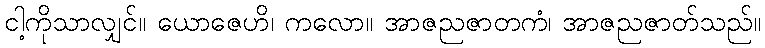
ငါ့ကိုသာလျှင်။ ယောဇေဟိ၊ ကလော။ အာဇညဇာတကံ၊ အာဇညဇာတ်သည်။